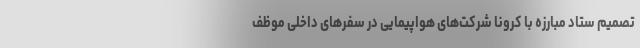
تصمیم ستاد مبارزه با کرونا شرکت‌های هواپیمایی در سفرهای داخلی موظف